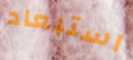
استبعاد